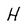
Character: H